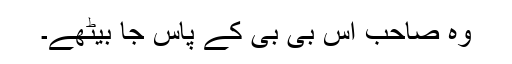
وہ صاحب اس بی بی کے پاس جا بیٹھے۔